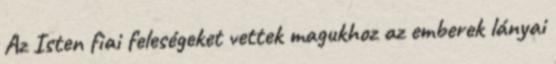
Az Isten fiai feleségeket vettek magukhoz az emberek lányai